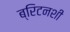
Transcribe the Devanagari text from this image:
ब्रिटनशी